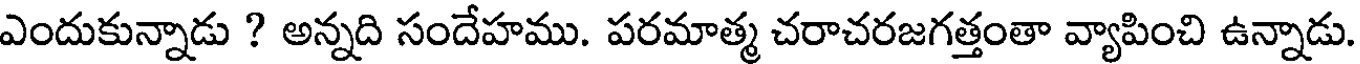
ఎందుకున్నాడు ? అన్నది సందేహము. పరమాత్మ చరాచరజగత్తంతా వ్యాపించి ఉన్నాడు.